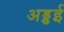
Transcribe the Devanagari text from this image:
अड्डई